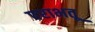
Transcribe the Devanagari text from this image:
पराभतू